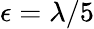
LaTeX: \epsilon=\lambda/5